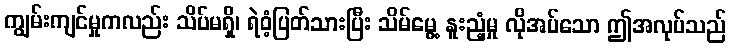
ကျွမ်းကျင်မှုကလည်း သိပ်မရှိ၊ ရဲဝံ့ပြတ်သားပြီး သိမ်မွေ့ နူးညံ့မှု လိုအပ်သော ဤအလုပ်သည်